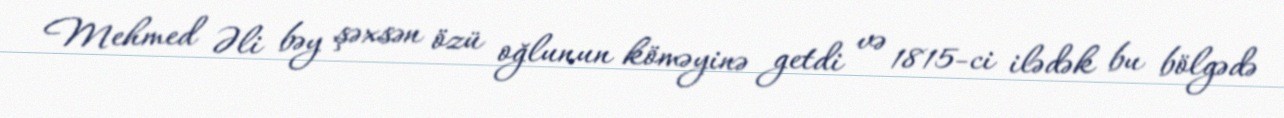
Mehmed Əli bəy şəxsən özü oğlunun köməyinə getdi və 1815-ci ilədək bu bölgədə